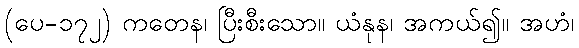
(ပေ-၁၇၂) ကတေန၊ ပြီးစီးသော။ ယံနုန၊ အကယ်၍။ အဟံ၊